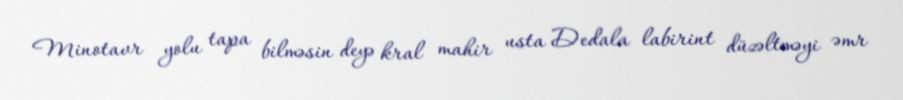
Minotavr yolu tapa bilməsin deyə kral mahir usta Dedala labirint düzəltməyi əmr